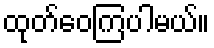
ထုတ်ဝေကြပါမယ်။